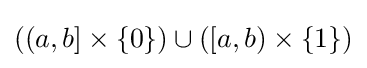
((a,b]\times \{0\})\cup ([a,b)\times \{1\})